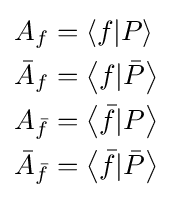
{\begin{aligned}A_{f}&=\left\langle f|P\right\rangle \\{\bar {A}}_{f}&=\left\langle f|{\bar {P}}\right\rangle \\A_{\bar {f}}&=\left\langle {\bar {f}}|P\right\rangle \\{\bar {A}}_{\bar {f}}&=\left\langle {\bar {f}}|{\bar {P}}\right\rangle \end{aligned}}